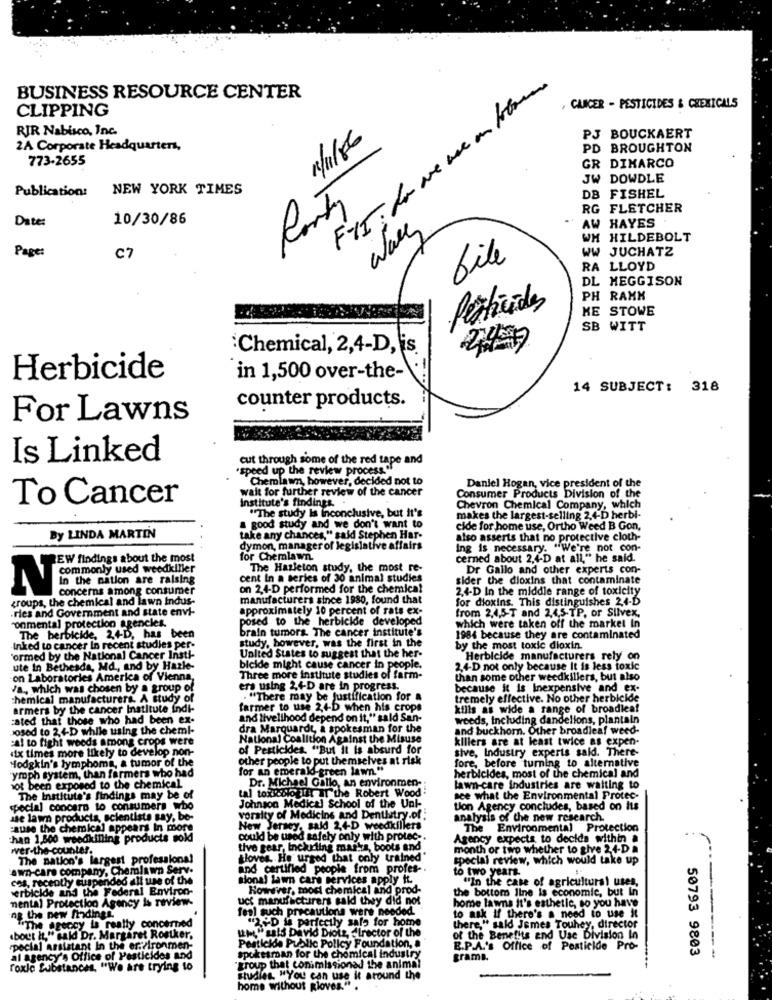
BUSINESS RESOURCE CENTER
CLIPPING
CANCER - PESTICIDES & CHEMICALS
RIR Nabisco, Inc.
PJ BOUCKAERT
1/1/86
2A Corporate Headquarters,
PD BROUGHTON
773-2655
GR DIMARCO
JW DOWDLE
Publication:
NEW YORK TIMES
DB FISHEL
RG FLETCHER
Date:
10/30/86
Roth
AW HAYES
WH HILDEBOLT
Page:
WW JUCHATZ
C7
bile
RA LLOYD
DL MEGGISON
PH RAKK
Pesticides
KE STOWE
SB WITT
:Chemical, 2,4-D, is
Herbicide
in 1,500 over-the-
14 SUBJECT: 318
counter products.
For Lawns
Is Linked
cut through some of the red tape and
"speed up the review process."
Chemlawn, however, decided not to
wait for further review of the cancer
Daniel Hogan, vice president of the
To Cancer
institute's findings ..
Consumer Products Division of the
"The study Is inconclusive, but it's
Chevron Chemical Company, which
makes the largest-selling 2,4-D herbi-
a good study and we don't want to
cide for home use, Ortho Weed B Gon,
By LINDA MARTIN
take any chances," said Stephen Har-
also asserts that no protective cloth-
dymon, manager of legislative affairs
Ing is necessary. "We're not con-
EW findings about the most
for Chemlawn
cerned about 2.4-D at all," he said.
commonly used weedkiller
The Hazleton study, the most re-
Dr Gallo and other experts con-
In the nation are raising
cent In a series of 30 animal studies
sider the dioxins that contaminate
N
concerns among consumer
on 2,4-D performed for the chemical
2.4-D In the middle range of toxicity
groups, the chemical and lawn Indus-
manufacturers since 1980, found that
for dioxins. This distinguishes 2,4-D
.ries and Government and state envi-
approximately 10 percent of rats ex-
from 2,4,5-T and 2,4,5-TP, or Silvex,
"onmental protection agencies.
posed to the herbicide developed
brain tumors. The cancer institute's
which were taken off the market In
The herbicide, 2,4-D, has been
study, however, was the first in the
1984 because they are contaminated
Inked to cancer In recent studies per-
by the most toxic dioxin.
ormed by the National Cancer Insti-
United States to suggest that the her-
Herbicide manufacturers rely on
ute In Bethesda, Md ., and by Hazle-
bicide might cause cancer in people.
2,4-D not only because It is less toxic
on Laboratories America of Vienna,
Three more institute studies of farm-
than some other weedkillers, but also
Va ., which was chosen by a group of
ers using 2,4-D are in progress.
because it is Inexpensive and ex-
chemical manufacturers. A study of
. "There may be Justification for a
tremely effective. No other herbicide
armers by the cancer Institute indi-
farmer to use 2,4-D when his crops
kills as wide a range of broadlea!
:ated that those who had been ex-
and livelihood depend on it," said San-
weeds, Including dandelions, plantain
Josed to 2.4-D while using the chemi-
dra Marquardt, a spokesman for the
and buckhorn. Other broadleaf weed-
cal to fight weeds among crops were
National Coalition Against the Misuse
killers are at least twice as expen-
six times more likely to develop non-
of Pesticides. "But it is absurd for
sive, Industry experts said. There-
Hodgkin's lymphoma, a tumor of the
other people to put themselves at risk
ymph system, than farmers who had
for an emerald-green lawn."
herbicides, most of the chemical and
fore, before turning to alternative
Dr. Michael Gallo, an environmen-
lot been exposed to the chemical
tal toxik ologitur I the Robert Wood
lawn-care industries are waiting to
The Institute's findings may be of
see what the Environmental Protec-
special concern to consumers wbo
Johnson Medical School of the Unk-
tion Agency concludes, based on its
sse lawn products, scientists say, be-
veraity of Medicine and Dentistry.of :
analysis of the new research.
cause the chemical appears In more
New Jersey, sald 2,4-D weedkillers
New
The Environmental Protection
chan 1,800 weedkilling products soldi
could be used safely only with protec -.
Agency expects to decida within a
wer-the-counter.
tive gear, inckrling mas!za, boots and
month or two whether to give 24-D a
The nation's largest professional
gloves. He urged that only trained"
special review, which would take up
awn-care company, Chemiawn Serv.
and certified people from profes-
to two years.
cos, recently suspended alt use of the
sional lawn care services apply to.
"In the case of agricultural uses,
herbicide and the Federal Environ-
However, moel chemical and prod-
the bottom line is economic, but in
mental Protection Agency is review-
uct manufacturers said they did not
horne lawns it's esthetic, so you have
Tesi such precautions ware needed
ng the new findings.
"The agency is really concerned
"2 -D la perfectly salo for home
to ask If there's a need to use it
there," said Jsmes Touhey, director
about it," said Dr. Margaret Rostker.
"M " sals David Diotz, elrector of the
Pesticide Public Policy Foundation,
of the Benefits and Use Division In
pecial Assistant In the er:/ironmen-
E.P.A.'s Office of Pesticide Pro-
50793 9803
al agency's Office of Pesticides and
spokesman for the chemical industry
grama.
roxle Substances. "We are trying to
group that commissioned the animal
studies. "You can use it around the
home without gloves." .